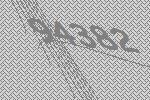
94382